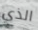
الذي